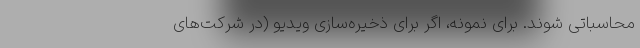
محاسباتی شوند. برای نمونه، اگر برای ذخیره‌سازی ویدیو (در شرکت‌های